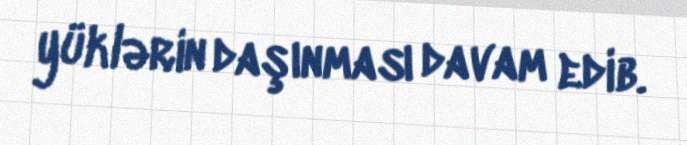
yüklərin daşınması davam edib.